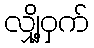
လျှို့ဝှက်